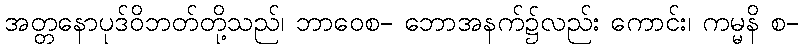
အတ္တနောပုဒ်ဝိဘတ်တို့သည်၊ ဘာဝေစ- ဘောအနက်၌လည်း ကောင်း၊ ကမ္မနိ စ-